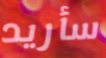
سأريد